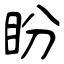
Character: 盼